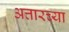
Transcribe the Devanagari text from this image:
अत्तारच्या